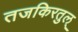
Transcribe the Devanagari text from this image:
तजकिरतुल्